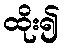
ထိုး၍